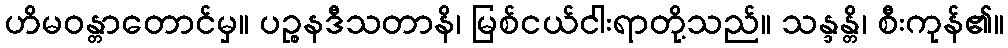
ဟိမဝန္တာတောင်မှ။ ပဉ္စနဒီသတာနိ၊ မြစ်ငယ်ငါးရာတို့သည်။ သန္ဒန္တိ၊ စီးကုန်၏။